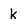
Character: k